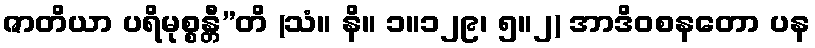
ဇာတိယာ ပရိမုစ္စန္တီ”တိ (သံ။ နိ။ ၁။၁၂၉၊ ၅။၂) အာဒိဝစနတော ပန